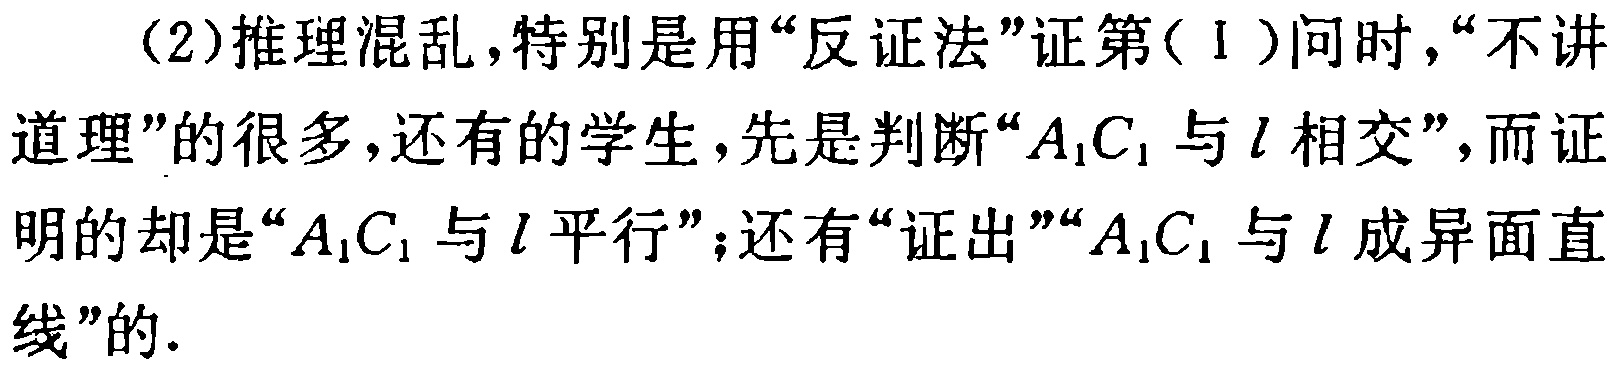
（2）推理混乱，特别是用“反证法”证第(Ⅰ)问时，“不讲

道理”的很多，还有的学生，先是判断“\(A_{1}C_{1}\)与\(l\)相交”，而证

明的却是“\(A_{1}C_{1}\)与\(l\)平行”；还有“证出”“\(A_{1}C_{1}\)与\(l\)成异面直

线”的.